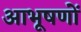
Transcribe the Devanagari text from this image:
आभूषणों